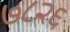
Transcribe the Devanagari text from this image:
७८२६